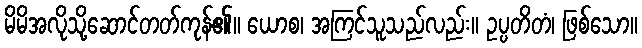
မိမိအလိုသို့ဆောင်တတ်ကုန်၏။ ယောစ၊ အကြင်သူသည်လည်း။ ဥပ္ပတိတံ၊ ဖြစ်သော။